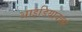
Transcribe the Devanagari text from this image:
आइडियावर्क्स